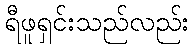
ရီဖူရှင်းသည်လည်း